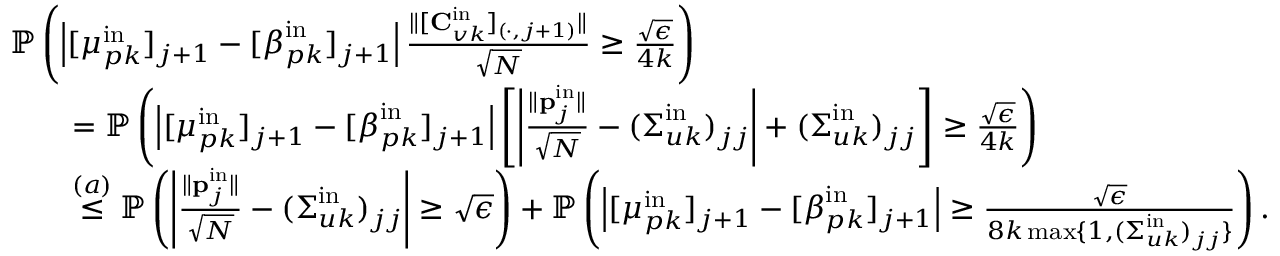
\begin{array} { r l } & { \mathbb { P } \left( \left| [ \boldsymbol { \mu } _ { p k } ^ { \mathrm { i n } } ] _ { j + 1 } - [ \boldsymbol { \beta } _ { p k } ^ { \mathrm { i n } } ] _ { j + 1 } \right| \frac { \| [ \mathbf { C } _ { v k } ^ { \mathrm { i n } } ] _ { ( \cdot , j + 1 ) } \| } { \sqrt { N } } \geq \frac { \sqrt { \epsilon } } { 4 k } \right) } \\ & { \qquad = \mathbb { P } \left( \left| [ \boldsymbol { \mu } _ { p k } ^ { \mathrm { i n } } ] _ { j + 1 } - [ \boldsymbol { \beta } _ { p k } ^ { \mathrm { i n } } ] _ { j + 1 } \right| \left[ \left| \frac { \| \mathbf { p } _ { j } ^ { \mathrm { i n } } \| } { \sqrt { N } } - ( \boldsymbol { \Sigma } _ { u k } ^ { \mathrm { i n } } ) _ { j j } \right| + ( \boldsymbol { \Sigma } _ { u k } ^ { \mathrm { i n } } ) _ { j j } \right] \geq \frac { \sqrt { \epsilon } } { 4 k } \right) } \\ & { \qquad \stackrel { ( a ) } { \leq } \mathbb { P } \left( \left| \frac { \| \mathbf { p } _ { j } ^ { \mathrm { i n } } \| } { \sqrt { N } } - ( \boldsymbol { \Sigma } _ { u k } ^ { \mathrm { i n } } ) _ { j j } \right| \geq \sqrt { \epsilon } \right) + \mathbb { P } \left( \left| [ \boldsymbol { \mu } _ { p k } ^ { \mathrm { i n } } ] _ { j + 1 } - [ \boldsymbol { \beta } _ { p k } ^ { \mathrm { i n } } ] _ { j + 1 } \right| \geq \frac { \sqrt { \epsilon } } { 8 k \operatorname* { m a x } \{ 1 , ( \boldsymbol { \Sigma } _ { u k } ^ { \mathrm { i n } } ) _ { j j } \} } \right) . } \end{array}